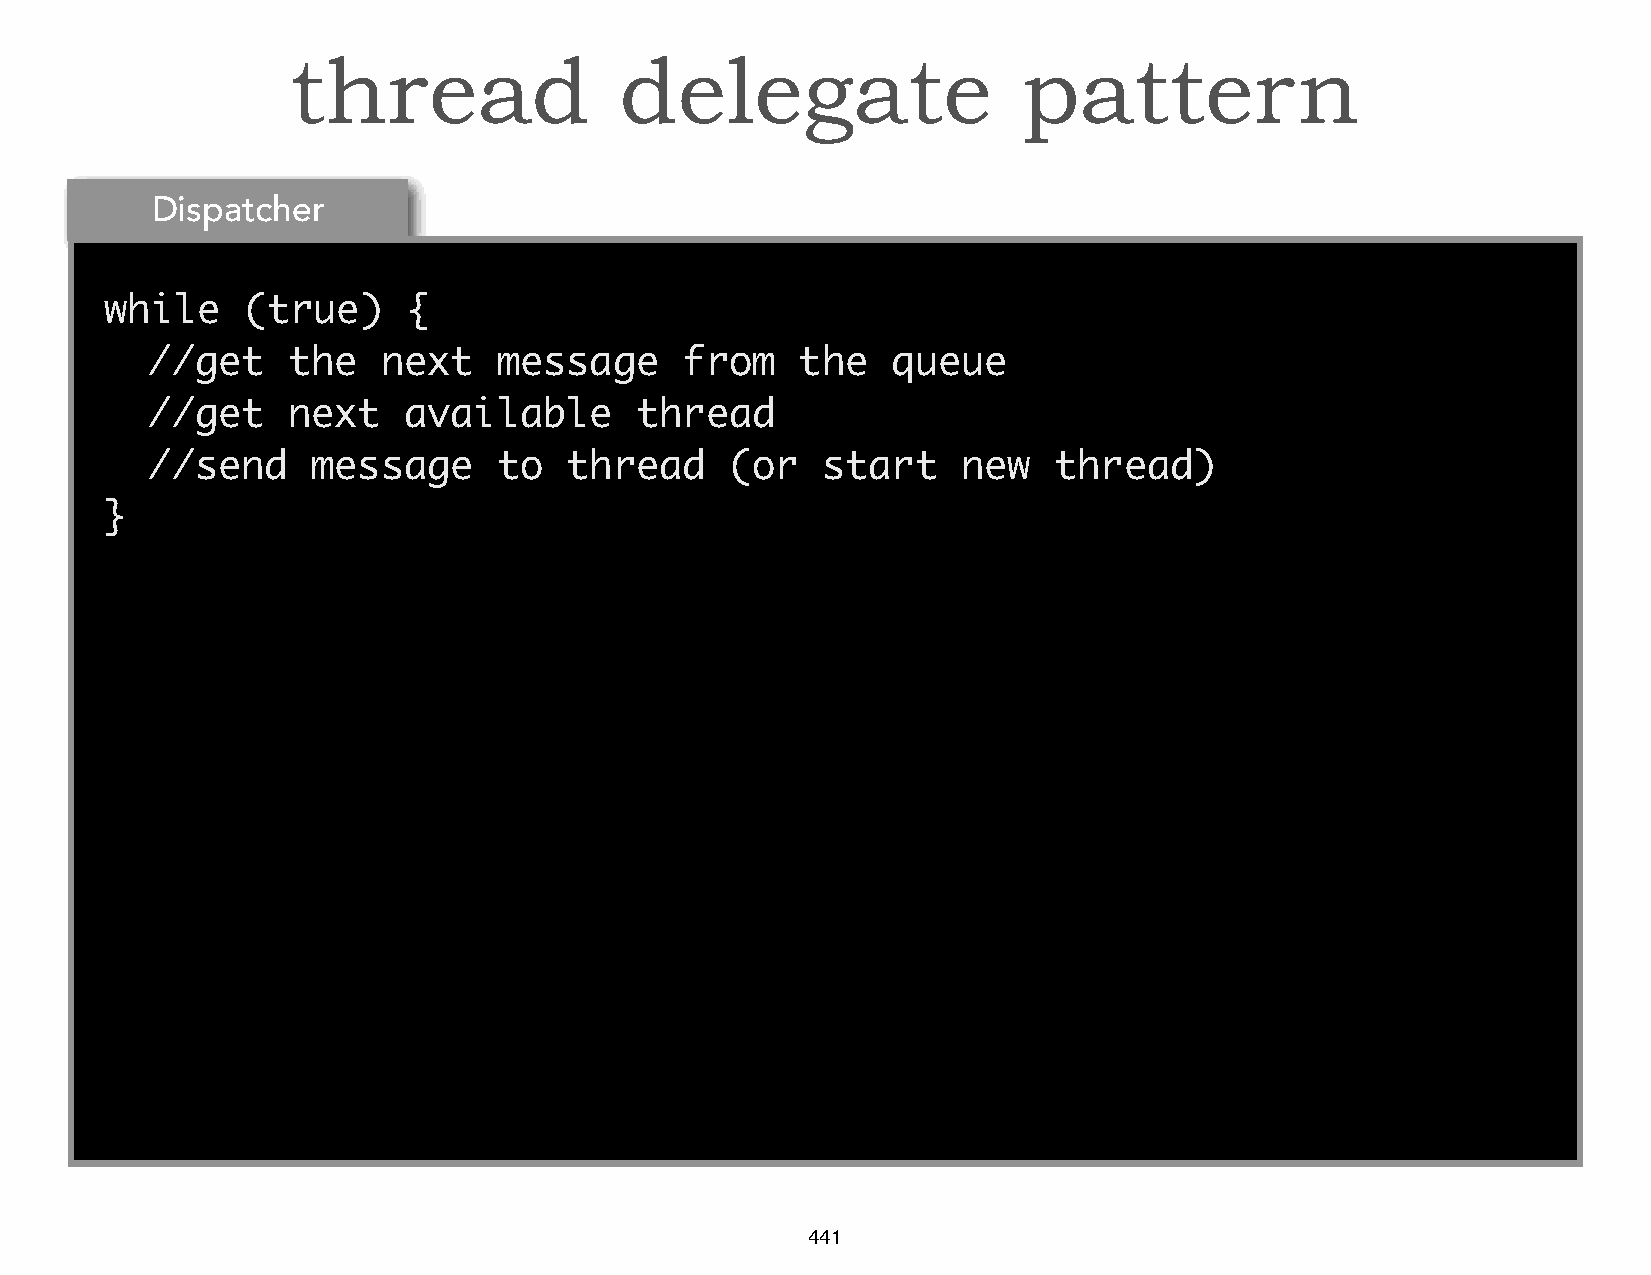
thread                delegate                   pattern
 Dispatcher
 while    (true)     {
 //get    the   next    message     from    the   queue
 //get    next    available      thread
 //send     message     to  thread     (or   start     new   thread)
 }
 441